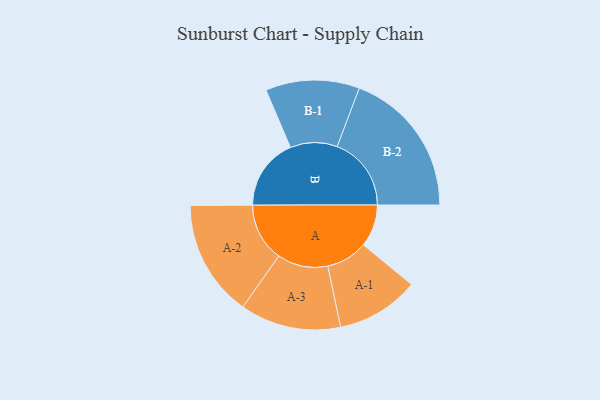
{"axis": {"x": "Segment", "y": "Value"}, "legend": ["", "A", "B"], "data": [{"x": "A", "y": 107, "type": ""}, {"x": "B", "y": 182, "type": ""}, {"x": "A-1", "y": 105, "type": "A"}, {"x": "A-2", "y": 148, "type": "A"}, {"x": "A-3", "y": 128, "type": "A"}, {"x": "B-1", "y": 119, "type": "B"}, {"x": "B-2", "y": 188, "type": "B"}]}